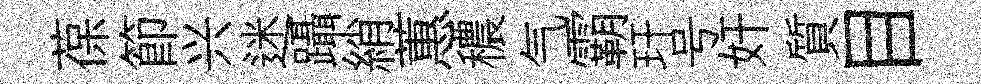
葆節兴迷躡綃蕙穠气霸玕号奸質目